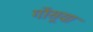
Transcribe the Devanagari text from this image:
गोंसूया